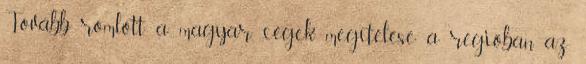
Tovább romlott a magyar cégek megítélése a régióban az